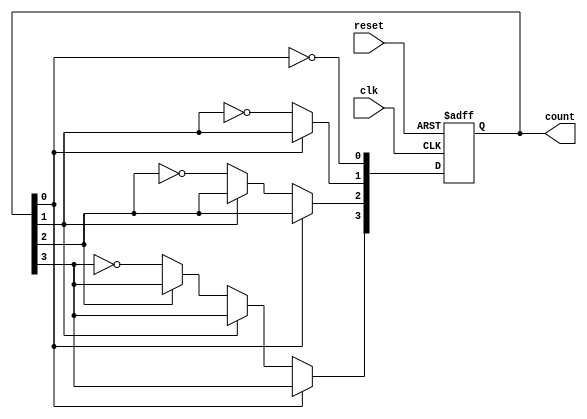
module async_ripple_counter (
    input wire clk,          // Clock input
    input wire reset,        // Asynchronous reset input
    output reg [N-1:0] count // Output count
);
    parameter N = 4; // Number of flip-flops (adjust as needed)

    // Flip-flops for the ripple counter
    always @(posedge clk or posedge reset) begin
        if (reset) begin
            count <= 0; // Reset count to 0
        end else begin
            count[0] <= ~count[0]; // Toggle LSB on every clock pulse
            if (count[0] == 1'b0) begin // Check if LSB has toggled from high to low
                count[1] <= ~count[1]; // Toggle next flip-flop
                if (count[1] == 1'b0) begin // Check if next flip-flop has toggled from high to low
                    count[2] <= ~count[2]; // Toggle next flip-flop
                    if (count[2] == 1'b0) begin // Check if next flip-flop has toggled from high to low
                        count[3] <= ~count[3]; // Toggle next flip-flop
                        // Add additional toggles as necessary for more flip-flops
                    end
                end
            end
        end
    end
endmodule